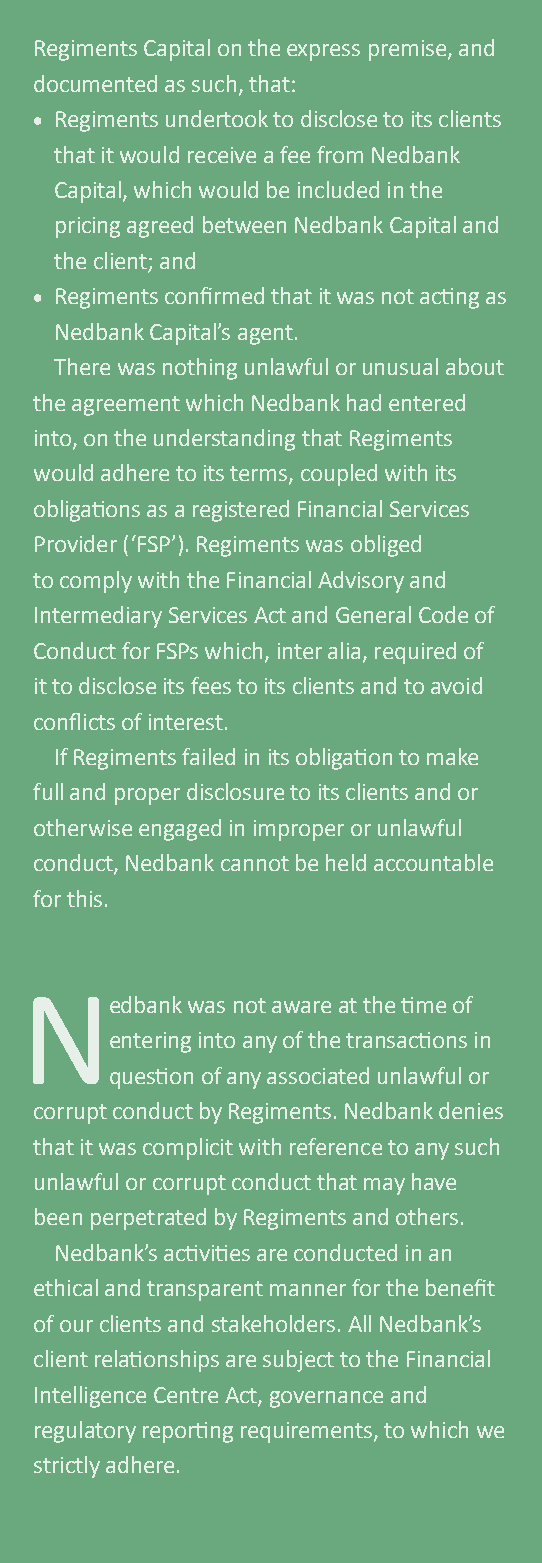
Regiments Capital on the express premise, and
 documented as such, that:
 • Regiments undertook to disclose to its clients
 that it would receive a fee from Nedbank
 Capital, which would be included in the
 pricing agreed between Nedbank Capital and
 the client; and
 • Regiments confirmed that it was not acting as
 Nedbank Capital’s agent.
 There was nothing unlawful or unusual about
 the agreement which Nedbank had entered
 into, on the understanding that Regiments
 would adhere to its terms, coupled with its
 obligations as a registered Financial Services
 Provider (‘FSP’). Regiments was obliged
 to comply with the Financial Advisory and
 Intermediary Services Act and general Code of
 Conduct for FSPs which, inter alia, required of
 it to disclose its fees to its clients and to avoid
 conflicts of interest.
 If Regiments failed in its obligation to make
 full and proper disclosure to its clients and or
 otherwise engaged in improper or unlawful
 conduct, Nedbank cannot be held accountable
 for this.
 N
 edbank was not aware at the time of
 entering into any of the transactions in
 question of any associated unlawful or
 corrupt conduct by Regiments. Nedbank denies
 that it was complicit with reference to any such
 unlawful or corrupt conduct that may have
 been perpetrated by Regiments and others.
 Nedbank’s activities are conducted in an
 ethical and transparent manner for the benefit
 of our clients and stakeholders. All Nedbank’s
 client relationships are subject to the Financial
 Intelligence Centre Act, governance and
 regulatory reporting requirements, to which we
 strictly adhere.